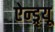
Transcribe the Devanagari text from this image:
ऐन्ड्र्यू